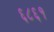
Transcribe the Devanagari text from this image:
६८६१